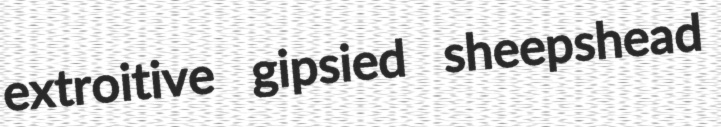
extroitive gipsied sheepshead